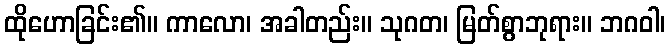
ထိုဟောခြင်း၏။ ကာလော၊ အခါတည်း။ သုဂတ၊ မြတ်စွာဘုရား။ ဘဂဝါ၊